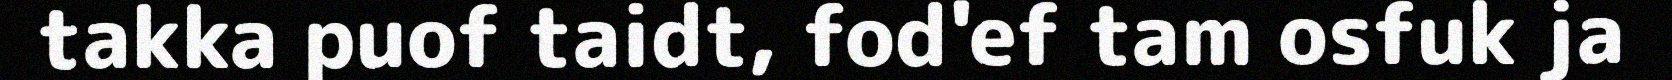
takka puof taidt, fod'ef tam osfuk ja